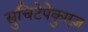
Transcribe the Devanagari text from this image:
सुचिटेपेकुएज़